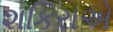
શકિરાએ